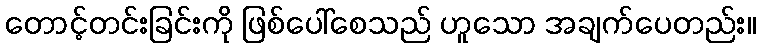
တောင့်တင်းခြင်းကို ဖြစ်ပေါ်စေသည် ဟူသော အချက်ပေတည်း။